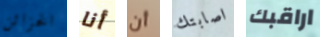
الخزائن أنا أن اصابتك اراقبك